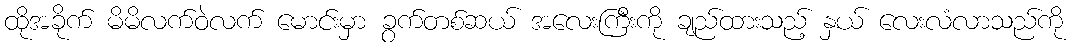
ထိုအခိုက် မိမိလက်ဝဲလက် မောင်းမှာ ခွက်တစ်ဆယ် အလေးကြီးကို ချည်ထားသည့် နှယ် လေးလံလာသည်ကို